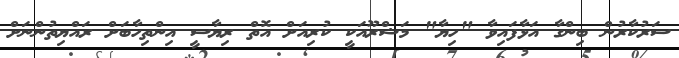
ސަރުކާރުން ބިންގާ އަޅާފައިވާ "ހިޔާ" މަޝްރޫއަކީ ކުރިއަށް އޮތް ރިޔާސީ އިންތިހާބަށް ރައްޔިތުންނަށް